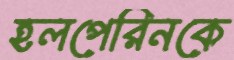
হলপেরিনকে